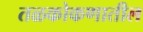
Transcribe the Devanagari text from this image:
तळकोकणातील